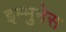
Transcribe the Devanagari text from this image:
इम्मुनेस